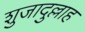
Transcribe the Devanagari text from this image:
शुजादुल्लाह